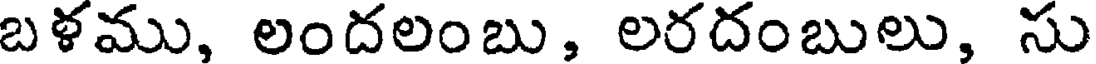
బళము, లందలంబు, లరదంబులు, సు